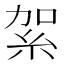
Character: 𥿃